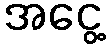
အငွေ့